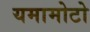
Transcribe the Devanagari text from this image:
यमामोटो